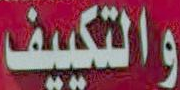
والتكييف